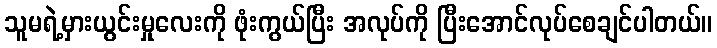
သူမရဲ့မှားယွင်းမှုလေးကို ဖုံးကွယ်ပြီး အလုပ်ကို ပြီးအောင်လုပ်စေချင်ပါတယ်။